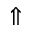
\Uparrow